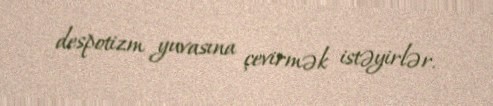
despotizm yuvasına çevirmək istəyirlər.